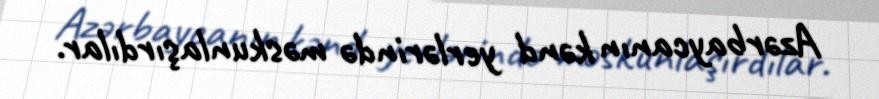
Azərbaycanın kənd yerlərində məskunlaşırdılar.